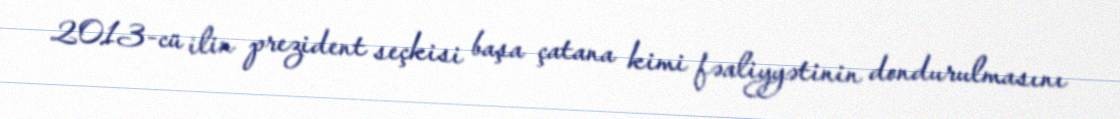
2013-cü ilin prezident seçkisi başa çatana kimi fəaliyyətinin dondurulmasını